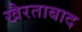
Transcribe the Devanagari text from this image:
खैरताबाद